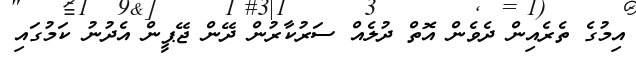
އިމުގެ ތެރެއިން ދެވެން އޮތް ދުލެއް ސަރުކާރުން ދޭން ޖޭޕީން އެދުނު ކަމުގައި